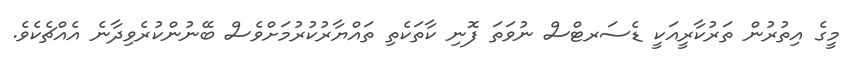
މީގެ އިތުރުން ތަރުކާރީއަކީ ޑެސަރޓްސް ނުވަތަ ފޮނި ކާތަކެތި ތައްޔާރުކުރުމަށްވެސް ބޭނުންކުރެވިދާނެ އެއްޗެކެވެ.